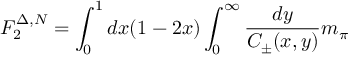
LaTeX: F _ { 2 } ^ { \Delta , N } = \int _ { 0 } ^ { 1 } d x ( 1 - 2 x ) \int _ { 0 } ^ { \infty } { \frac { d y } { C _ { \pm } ( x , y ) } } m _ { \pi }